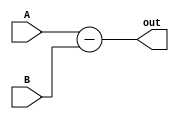
`timescale 1ns / 1ps
//////////////////////////////////////////////////////////////////////////////////
// Company: 
// Engineer: 
// 
// Design Name: 
// Module Name: subtract
// Project Name: 
// Target Devices: 
// Tool Versions: 
// Description: 
// 
// Dependencies: 
// 
// Revision:
// Revision 0.01 - File Created
// Additional Comments:
// 
//////////////////////////////////////////////////////////////////////////////////


module subtract(
input [15:0] A, B, output [15:0] out
    );
    assign out = A-B;
endmodule